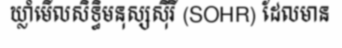
ឃ្លាំមើលសិទ្ធិមនុស្សស៊ីរី (SOHR) ដែលមាន